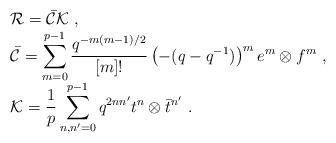
LaTeX: \begin{align*}\begin{array}{rcl}& &{\cal R}=\bar{\cal C}{\cal K}~,\\& &\bar{\cal C}=\displaystyle\sum_{m=0}^{p-1} \frac{q^{-m(m-1)/2}}{[m]!}\left(-(q-q^{-1})\right)^m e^m\otimes f^m~,\\& &{\cal K}=\displaystyle\frac{1}{p}\sum_{n,n'=0}^{p-1}q^{2nn'}t^n \otimes\bar{t}^{n'}~.\end{array}\end{align*}